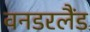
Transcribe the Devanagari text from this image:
वनडरलैंड